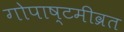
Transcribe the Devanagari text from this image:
गोपाष्टमीव्रत